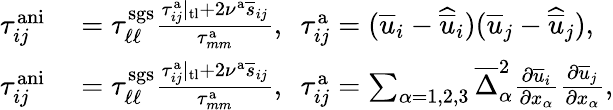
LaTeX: \begin{array}{rl}{\tau_{ij}^{\mathrm{ani}}}&{{}=\tau_{\ell\ell}^{\mathrm{sgs}}\frac{\tau_{ij}^{\mathrm{a}}|_{\mathrm{tl}}+2\nu^{\mathrm{a}}\overline{{s}}_{ij}}{\tau_{mm}^{\mathrm{a}}},\ \ \tau_{ij}^{\mathrm{a}}=(\overline{{u}}_{i}-\widehat{\overline{{u}}}_{i})(\overline{{u}}_{j}-\widehat{\overline{{u}}}_{j}),}\\ {\tau_{ij}^{\mathrm{ani}}}&{{}=\tau_{\ell\ell}^{\mathrm{sgs}}\frac{\tau_{ij}^{\mathrm{a}}|_{\mathrm{tl}}+2\nu^{\mathrm{a}}\overline{{s}}_{ij}}{\tau_{mm}^{\mathrm{a}}},\ \ \tau_{ij}^{\mathrm{a}}=\sum_{\alpha=1,2,3}\overline{{\Delta}}_{\alpha}^{2}\frac{\partial\overline{{u}}_{i}}{\partial x_{\alpha}}\frac{\partial\overline{{u}}_{j}}{\partial x_{\alpha}},}\end{array}